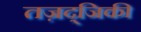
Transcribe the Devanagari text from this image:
तज़द्जिकी